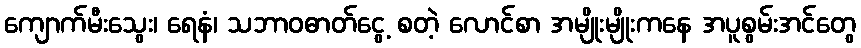
ကျောက်မီးသွေး၊ ရေနံ၊ သဘာဝဓာတ်ငွေ့ စတဲ့ လောင်စာ အမျိုးမျိုးကနေ အပူစွမ်းအင်တွေ